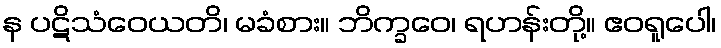
န ပဋိသံဝေယတိ၊ မခံစား။ ဘိက္ခဝေ၊ ရဟန်းတို့။ ဧဝရူပေါ၊